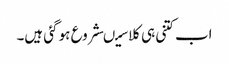
اب کتنی ہی کلاسیںشروع ہو گئی ہیں۔